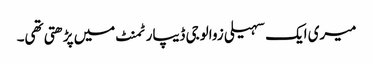
میری ایک سہیلی زوالوجی ڈیپارٹمنٹ میں پڑھتی تھی۔